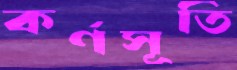
কর্ণসূতি